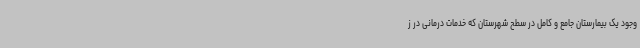
وجود یک بیمارستان جامع و کامل در سطح شهرستان که خدمات درمانی در ز